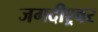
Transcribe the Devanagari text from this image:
जगदीश्र्वर